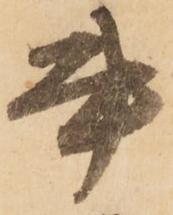
書